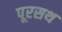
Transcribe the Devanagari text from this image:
पूरसथ